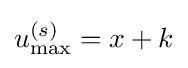
u_{\max }^{(s)}=x+k